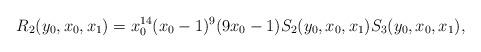
LaTeX: \begin{align*}R_2(y_0, x_0, x_1) = x_0^{14}(x_0-1)^9(9x_0-1)S_2(y_0, x_0, x_1)S_3(y_0, x_0, x_1),\end{align*}